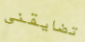
تضايقني